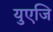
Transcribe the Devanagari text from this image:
युएजि